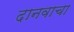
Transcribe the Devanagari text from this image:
दानवाचा